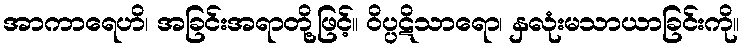
အာကာရေဟိ၊ အခြင်းအရာတို့ဖြင့်။ ဝိပ္ပဋိသာရော၊ နှလုံးမသာယာခြင်းကို။